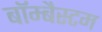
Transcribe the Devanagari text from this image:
बॉम्बैस्टम